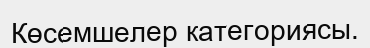
Көсемшелер категориясы.